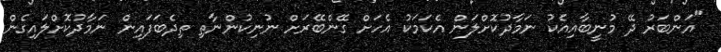
"އަންބަރު ދޭ މުނީބާއިއެކު ނަމާދުކޮށްލަން އެކަމަކު އެހަށް ގޭންބޭރަށް ނުނިކުންނާތި ތިދެބަފައިން ނަމާދުކޮށްލައިގެން